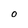
Character: 0